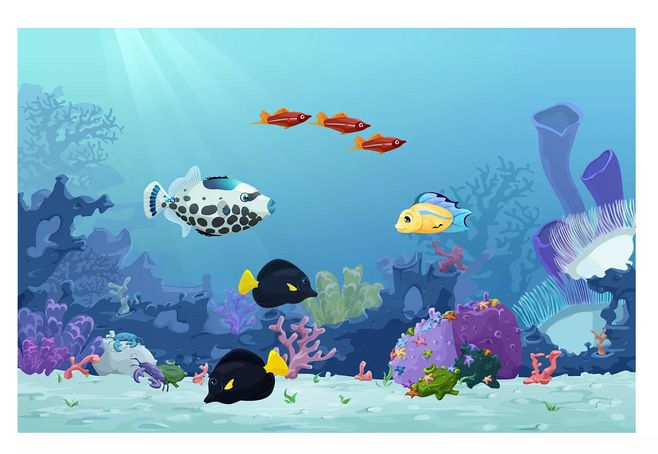
璇室群酣夜，璜溪独钓时。